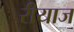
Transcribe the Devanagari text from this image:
रीयाज